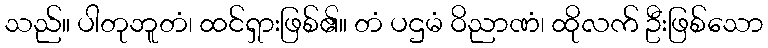
သည်။ ပါတုဘူတံ၊ ထင်ရှားဖြစ်၏။ တံ ပဌမံ ဝိညာဏံ၊ ထိုလက် ဦးဖြစ်သော